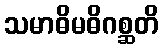
သမာဓိမဓိဂစ္ဆတိ